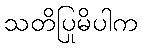
သတိပြုမိပါက